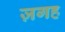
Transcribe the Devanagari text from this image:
ज़गह